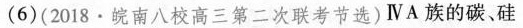
(6)(2018·皖南八校高三第二次联考节选)ⅣA族的碳、硅